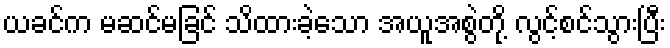
ယခင်က မဆင်မခြင် သိထားခဲ့သော အယူအစွဲတို့ လွင့်စင်သွားပြီး